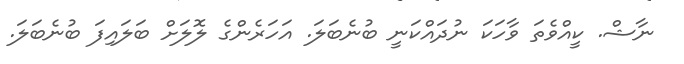
ނާޝް. ކީއްވެތަ ވާހަކަ ނުދައްކަނީ ބުނެބަލަ. އަހަރެންގެ ލޮލަށް ބަލައިފަ ބުނެބަލަ.